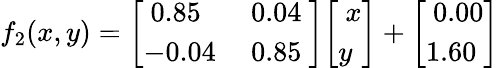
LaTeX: f_{2}(x,y)={\left[\begin{array}{ll}{\ 0.85}&{\ 0.04\ }\\ {-0.04}&{\ 0.85}\end{array}\right]}{\left[\begin{array}{l}{\ x}\\ {y}\end{array}\right]}+{\left[\begin{array}{l}{\ 0.00}\\ {1.60}\end{array}\right]}